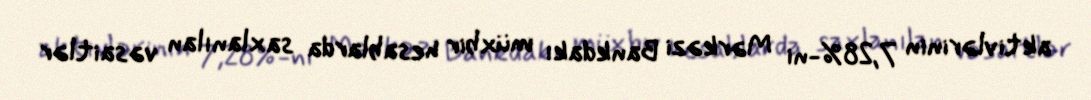
aktivlərinin 7,28%-ni Mərkəzi Bankdakı müxbir hesablarda saxlanılan vəsaitlər